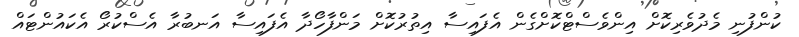
ކުންފުނި މެދުވެރިކޮށް އިންވެސްޓްކޮށްގެން އެފައިސާ އިތުރުކޮށް މަންފާހޯދާ އެފައިސާ އަނބުރާ އެސްކުރޯ އެކައުންޓައް